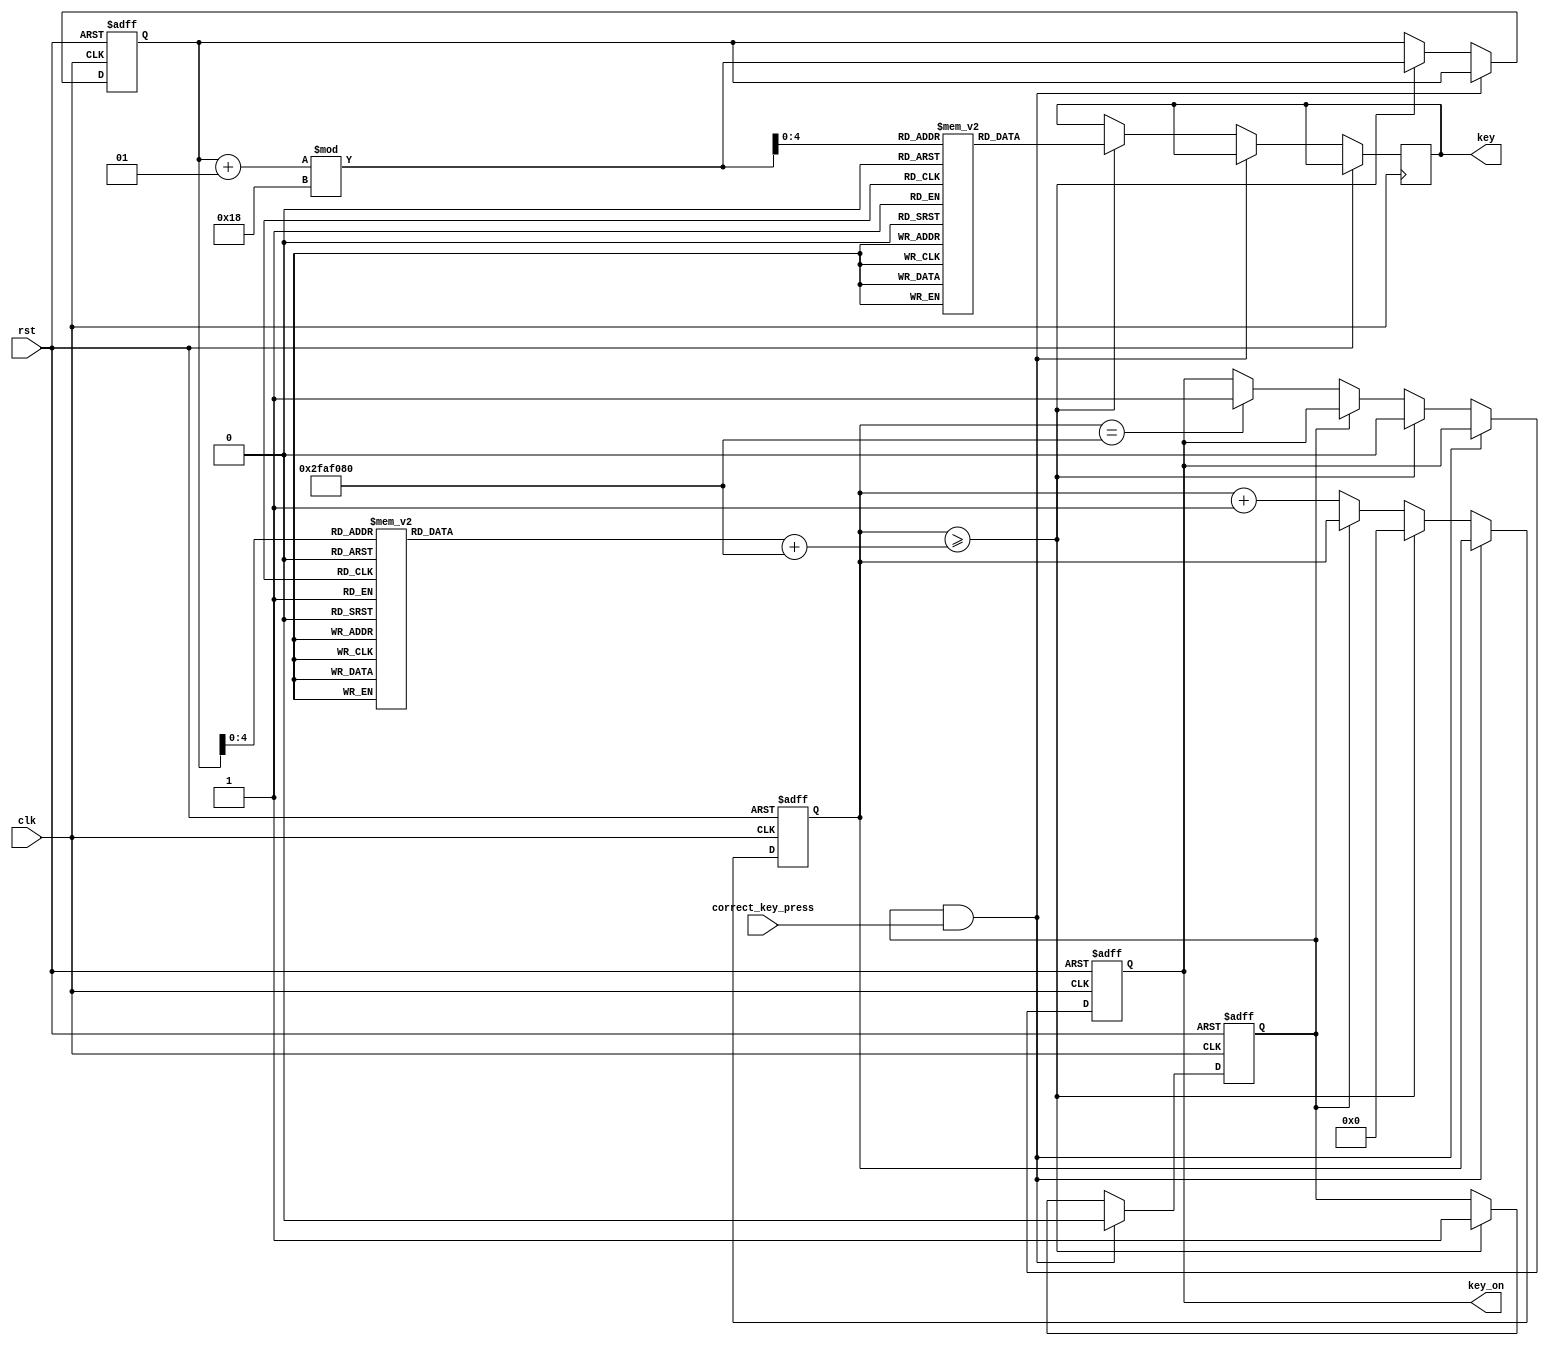
module PlaySong(
    input clk,
    input rst,
    input correct_key_press, // Input signal for correct key press
    output reg key_on,
    output reg [3:0] key
);

reg [3:0] song[0:23];
reg [26:0] durations[0:23];
integer i = 0;
reg [27:0] counter = 0;
reg waiting_for_key_press = 1; // Flag to indicate waiting for the correct key press

initial begin
    // "Twinkle, Twinkle, Little Star" notes (simplified)
    // Each pair of notes is the same, representing one syllable
    song[0] = 5'd0;  // C
    song[1] = 5'd0;  // C
    song[2] = 5'd4;  // G
    song[3] = 5'd4;  // G
    song[4] = 5'd5;  // A
    song[5] = 5'd5;  // A
    song[6] = 5'd4;  // G
    song[7] = 5'd3;  // F
    song[8] = 5'd3;  // F
    song[9] = 5'd2;  // E
    song[10] = 5'd2; // E
    song[11] = 5'd1; // D
    song[12] = 5'd1; // D
    song[13] = 5'd0; // C
    song[14] = 5'd4; // G
    song[15] = 5'd4; // G
    song[16] = 5'd3; // F
    song[17] = 5'd3; // F
    song[18] = 5'd2; // E
    song[19] = 5'd2; // E
    song[20] = 5'd1; // D
    song[21] = 5'd1; // D
    song[22] = 5'd0; // C
    song[23] = 5'd0; // C
end

integer j;
initial begin
    // Fill the durations array with 10000000
    for (j = 0; j < 24; j = j + 1) begin
        durations[j] = 100000000;
    end
end

always @(posedge clk or posedge rst) begin
    if (rst) begin
        i <= 0;
        counter <= 0;
        key_on <= 0;
        waiting_for_key_press <= 1;
    end
    else if (waiting_for_key_press && correct_key_press) begin
        // Move to next note when correct key is pressed
        waiting_for_key_press <= 0;
    end
    else if (counter >= durations[i]+50000000 ) begin
        key_on <= 0;
        counter <= 0;
        key <= song[(i + 1) % 24];
        i <= (i + 1) % 24;
        waiting_for_key_press <= 1; // Wait for correct key press
    end
    else if (!waiting_for_key_press) begin
        counter <= counter + 1;
        if (counter == 50000000) begin
            key_on <= 1;
        end 
    end
    else begin
        // Do nothing
    end
end

endmodule